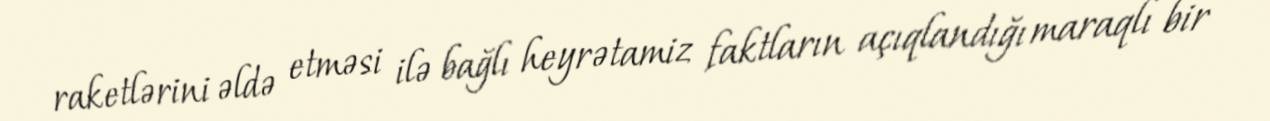
raketlərini əldə etməsi ilə bağlı heyrətamiz faktların açıqlandığı maraqlı bir